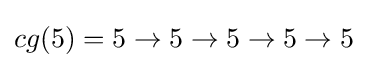
cg(5)=5\to 5\to 5\to 5\to 5